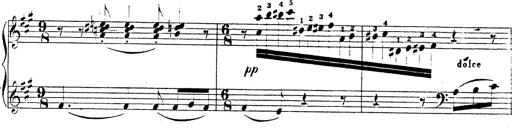
Title: Chanson bohÃ©mienne
Composer: Franz Liszt